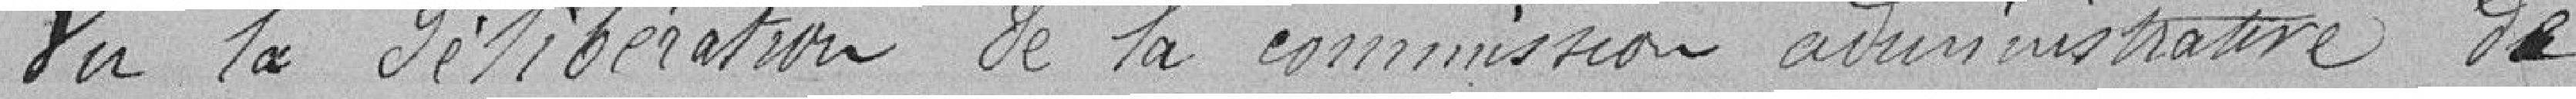
Vu la délibération de la commission administrative de